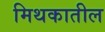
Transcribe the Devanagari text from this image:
मिथकातील